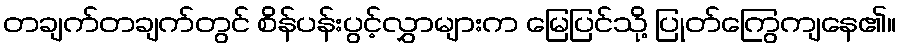
တချက်တချက်တွင် စိန်ပန်းပွင့်လွှာများက မြေပြင်သို့ ပြုတ်ကြွေကျနေ၏။